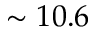
\sim 1 0 . 6